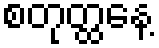
စတုတ္ထနေ့